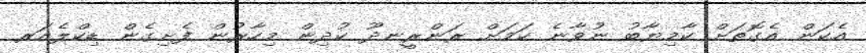
އެކަން އެގޮތަށް ކާމިޔާބު ނުވާނެ ކަމަށް ރަންރީނދޫ ކުދިން މިހާރުން ފެށިގެން ޑިކްލެއަރ